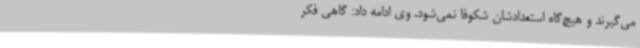
می‌گیرند و هیچ‌گاه استعدادشان شکوفا نمی‌شود. وی ادامه داد: گاهی فکر